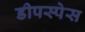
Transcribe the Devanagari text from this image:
डीपस्पेस